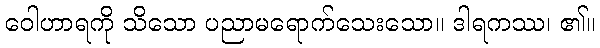
ဝေါဟာရကို သိသော ပညာမရောက်သေးသော။ ဒါရကဿ၊ ၏။